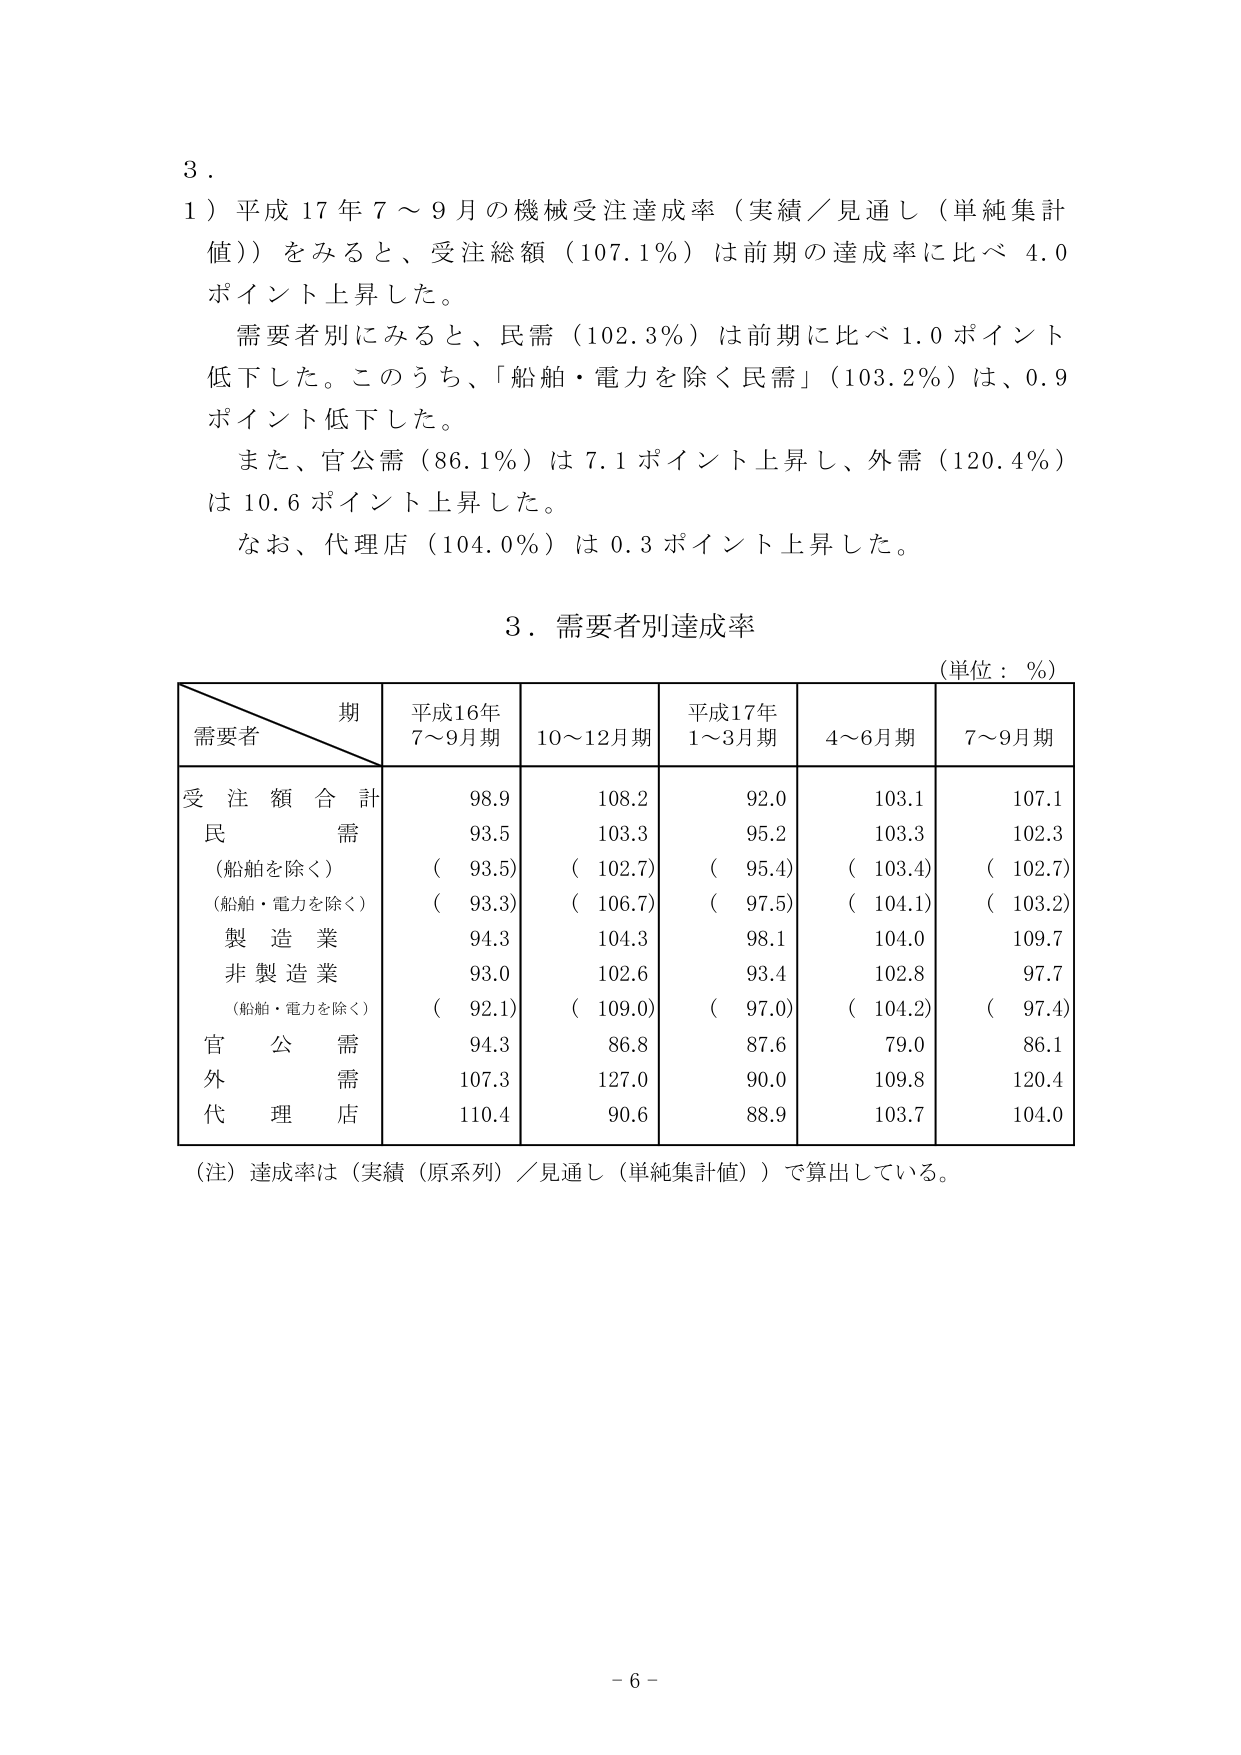
3．
1）平成17年7～9月の機械受注達成率（実績／見通し（単純集計値））をみると、受注総額（107.1％）は前期の達成率に比べ4.0ポイント上昇した。
　需要者別にみると、民需（102.3％）は前期に比べ1.0ポイント低下した。このうち、「船舶・電力を除く民需」（103.2％）は、0.9ポイント低下した。
　また、官公需（86.1％）は7.1ポイント上昇し、外需（120.4％）は10.6ポイント上昇した。
　なお、代理店（104.0％）は0.3ポイント上昇した。

3．需要者別達成率
（単位：％）

期
需要者　　　　　平成16年　　　　　　平成17年
　　　　　　　　7～9月期　　　10～12月期　　　1～3月期　　　4～6月期　　　7～9月期
受注額合計　　　98.9　　　　　108.2　　　　　92.0　　　　　103.1　　　　　107.1
民需　　　　　　93.5　　　　　103.3　　　　　95.2　　　　　103.3　　　　　102.3
　（船舶を除く）　（93.5）　　　（102.7）　　　（95.4）　　　（103.4）　　　（102.7）
　（船舶・電力を除く）　（93.3）　　　（106.7）　　　（97.5）　　　（104.1）　　　（103.2）
製造業　　　　　94.3　　　　　104.3　　　　　98.1　　　　　104.0　　　　　109.7
非製造業　　　　93.0　　　　　102.6　　　　　93.4　　　　　102.8　　　　　97.7
　（船舶・電力を除く）　（92.1）　　　（109.0）　　　（97.0）　　　（104.2）　　　（97.4）
官公需　　　　　94.3　　　　　86.8　　　　　87.6　　　　　79.0　　　　　86.1
外需　　　　　　107.3　　　　　127.0　　　　　90.0　　　　　109.8　　　　　120.4
代理店　　　　　110.4　　　　　90.6　　　　　88.9　　　　　103.7　　　　　104.0

（注）達成率は（実績（原系列）／見通し（単純集計値））で算出している。

－6－